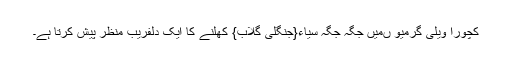
کچورا ویلی گرمیو ںمیں جگہ جگہ سیاء{جنگلی گلاب} کھلنے کا ایک دلفریب منظر پیش کرتا ہے۔